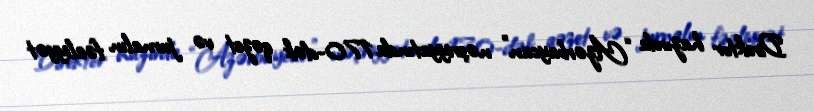
Direktor hazırda “Azərbaycan” nəşriyyatında 170-dək qəzet və jurnalın fəaliyyət